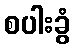
စပါးခွံ